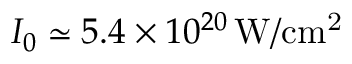
I _ { 0 } \simeq 5 . 4 \times 1 0 ^ { 2 0 } \, \mathrm { W / c m ^ { 2 } }